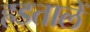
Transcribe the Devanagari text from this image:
हडतालें